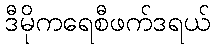
ဒီမိုကရေစီဖက်ဒရယ်